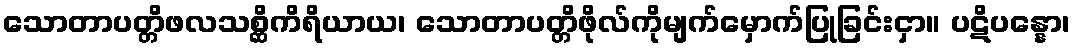
သောတာပတ္တိဖလသစ္ဆိကိရိယာယ၊ သောတာပတ္တိဖိုလ်ကိုမျက်မှောက်ပြုခြင်းငှာ။ ပဋိပန္နော၊